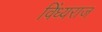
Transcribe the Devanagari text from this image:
विंध्यराज